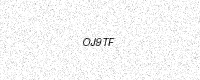
Text: OJ9TF